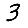
Digit: 3